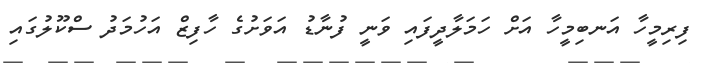
ފިރިމީހާ އަނބިމީހާ އަށް ހަމަލާދީފައި ވަނީ ފުނާޑު އަވަށުގެ ހާފިޒް އަހުމަދު ސްކޫލުގައި